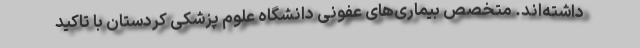
داشته‌اند. متخصص بیماری‌های عفونی دانشگاه علوم پزشکی کردستان با تاکید